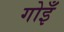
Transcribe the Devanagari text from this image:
गोइँ